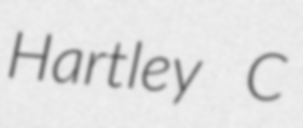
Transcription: Hartley C